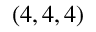
( 4 , 4 , 4 )